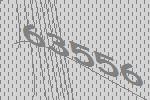
63556